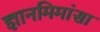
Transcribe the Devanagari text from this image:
ज्ञानमिमांसा